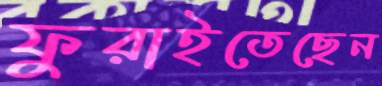
ফুরাইতেছেন